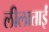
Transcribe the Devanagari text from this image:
लीलाताईं